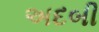
અદબી